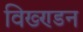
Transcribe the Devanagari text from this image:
विख्ण्डन